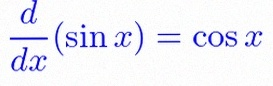
\frac{d}{dx}(\sin x)=\cos x